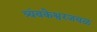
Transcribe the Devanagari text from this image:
त्र्यंबकेश्वरजवळ